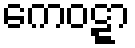
ကေဝဋ္ဋာ